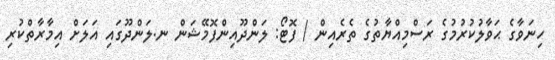
ހިނަވާގެ ޙަވާލުކުރުމުގެ ރަސްމިއްޔާތުގެ ތެރެއިން / ފޮޓޯ: ލަންދޫއިންފޮމޭޝަން ނ.ލަންދޫގައި އަލަށް އިމާރާތްކުރި